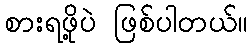
စားရဖို့ပဲ ဖြစ်ပါတယ်။